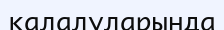
қалалуларында